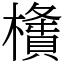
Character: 㯯